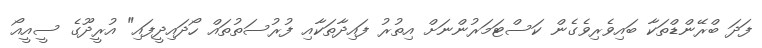
ފަދަ ބްރޭންޑްތަކާ ބައިވެރިވެގެން ކަސްޓަމަރުންނަށް އިތުރު ފައިދާތަކާއި ފުރުސަތުތައް ހޯދައިދީފައި" އުރީދޫގެ ސީއީއޯ